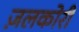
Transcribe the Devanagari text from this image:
ज़लकोरी